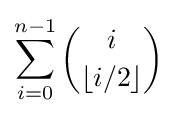
\sum _{i=0}^{n-1}{\binom {i}{\lfloor i/2\rfloor }}